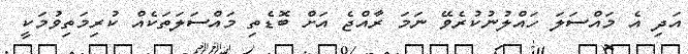
އަދި އެ މައްސަލަ ހައްލުނުކުރެވޭ ނަމަ ރާއްޖެ އަށް ބޮޑެތި މައްސަލަތަކެއް ކުރިމަތިވުމަކީ